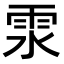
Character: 𩂍